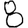
Digit: 8